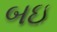
બઇ